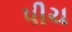
પીચ